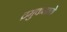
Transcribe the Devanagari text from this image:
द्रमुकमध्ये